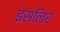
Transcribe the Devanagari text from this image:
इसलिर